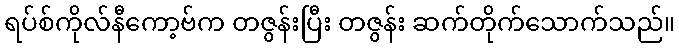
ရပ်စ်ကိုလ်နီကော့ဗ်က တဇွန်းပြီး တဇွန်း ဆက်တိုက်သောက်သည်။